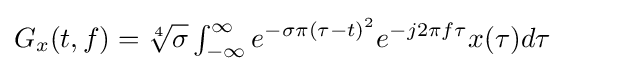
G_{x}(t,f)={\sqrt[{4}]{\sigma }}\textstyle \int _{-\infty }^{\infty }\displaystyle e^{-\sigma \pi (\tau -t)^{2}}e^{-j2\pi f\tau }x(\tau )d\tau \qquad